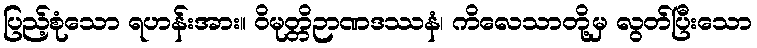
ပြည့်စုံသော ရဟန်းအား။ ဝိမုတ္တိဉာဏဒဿနံ၊ ကိလေသာတို့မှ လွတ်ပြီးသော